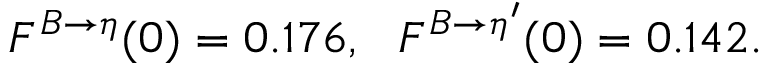
F ^ { B \to \eta } ( 0 ) = 0 . 1 7 6 , ~ ~ F ^ { B \to \eta ^ { \prime } } ( 0 ) = 0 . 1 4 2 .